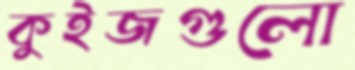
কুইজগুলো